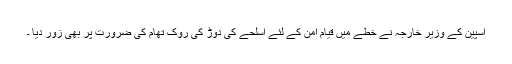
اسپین کے وزیر خارجہ نے خطے میں قیام امن کے لئے اسلحے کی دوڑ کی روک تھام کی ضرورت پر بھی زور دیا ۔